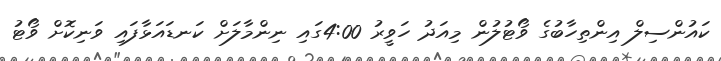
ކައުންސިލް އިންތިހާބުގެ ވޯޓުލުން މިއަދު ހަވީރު 4:00ގައި ނިންމާލަށް ކަނޑައަޅާފައި ވަނިކޮށް ވޯޓު